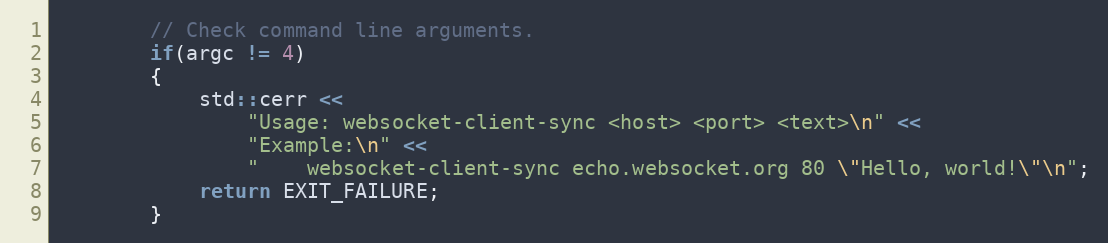
Language: C++
        // Check command line arguments.
        if(argc != 4)
        {
            std::cerr <<
                "Usage: websocket-client-sync <host> <port> <text>\n" <<
                "Example:\n" <<
                "    websocket-client-sync echo.websocket.org 80 \"Hello, world!\"\n";
            return EXIT_FAILURE;
        }